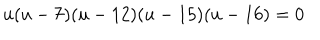
u ( u - 7 ) ( u - 1 2 ) ( u - 1 5 ) ( u - 1 6 ) = 0